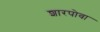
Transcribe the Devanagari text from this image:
शारपोवा